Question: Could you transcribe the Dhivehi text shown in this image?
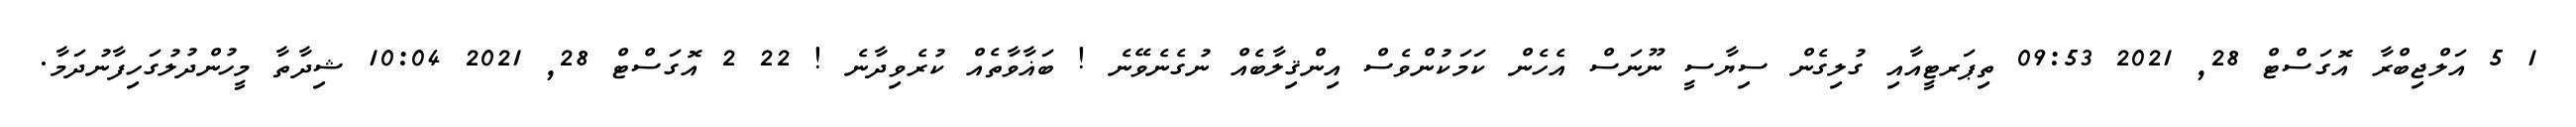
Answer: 1 5 އަލްޖިބްރާ އޮގަސްޓް 28, 2021 09:53 ތިޕަރޓީއާއި ގުލިގެން ސިޔާސީ ނޫނަސް އެހެން ކަމަކުންވެސް އިންޤިލާބެއް ނުގެނެވޭނެ ! ބަޣާވާތެއް ކުރެވިދާނެ ! 22 2 އޮގަސްޓް 28, 2021 10:04 ޝިދާތާ މީހުންދުލުގަހިފާނުދަމާ.